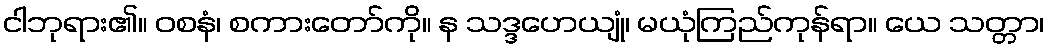
ငါဘုရား၏။ ဝစနံ၊ စကားတော်ကို။ န သဒ္ဒဟေယျုံ၊ မယုံကြည်ကုန်ရာ။ ယေ သတ္တာ၊